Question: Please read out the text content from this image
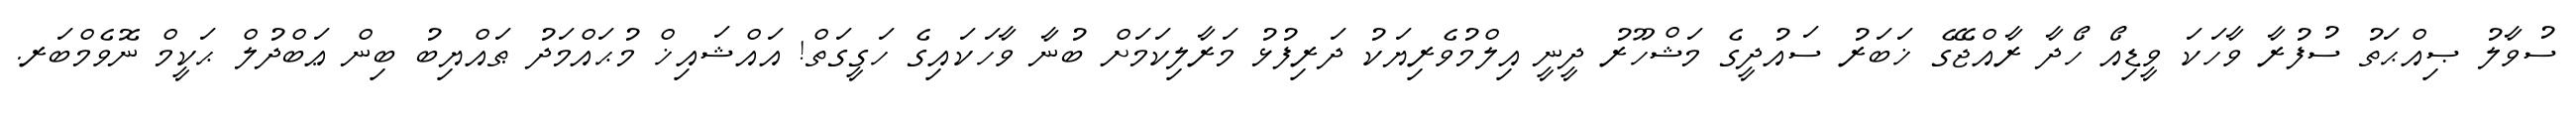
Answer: ސުވާލު ޞިއްޙަތު ސުފުރާ ވާހަކަ ވީޑިއޯ ހޯދާ ރާއްޖޭގެ ޚަބަރު ސައުދީގެ މަޝްހޫރު ދީނީ އިލްމުވެރިޔަކު ދަރިފުޅު މަރާލިކަމަށް ބުނާ ވާހަކައިގެ ހަގީގަތް! އައްޝައިޚް މުޙައްމަދު ޠައްޔިބު ބިން ޢަބްދުލް ޙަކީމް ނޮވެމްބަރ.